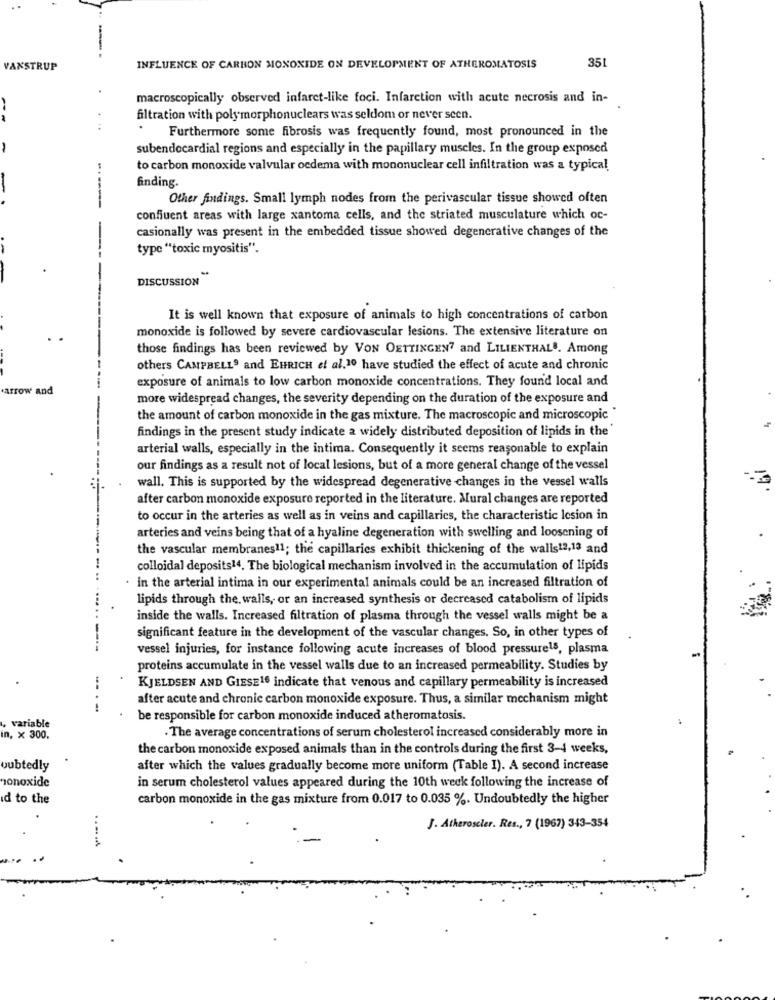
351
VANSTRUP
INFLUENCE OF CARBON MONOXIDE ON DEVELOPMENT OF ATHEROMATOSIS
macroscopically observed infaret-like foci. Infarction with acute necrosis and in-
filtration with polymorphonuclears was seldom or never seen.
.
Furthermore some fibrosis was frequently found, most pronounced in the
-
subendocardial regions and especially in the papillary muscles. In the group exposed
to carbon monoxide valvular oedema with mononuclear cell infiltration was a typical
finding
Other findings. Small lymph nodes from the perivascular tissue showed often
confiuent areas with large xantoma cells, and the striated musculature which oc-
casionally was present in the embedded tissue showed degenerative changes of the
type ""toxic myositis".
DISCUSSION
It is well known that exposure of animals to high concentrations of carbon
monoxide is followed by severe cardiovascular lesions. The extensive literature on
those findings has been reviewed by VON OETTINGEN? and LILIENTHALS. Among
others CAMPBELLS and EHRICH et al.10 have studied the effect of acute and chronic
exposure of animals to low carbon monoxide concentrations. They found local and
.arrow and
more widespread changes, the severity depending on the duration of the exposure and
the amount of carbon monoxide in the gas mixture. The macroscopic and microscopic "
findings in the present study indicate a widely distributed deposition of lipids in the'
arterial walls, especially in the intima. Consequently it seems reasonable to explain
our findings as a result not of local lesions, but of a more general change of the vessel
wall. This is supported by the widespread degenerative changes in the vessel walls
after carbon monoxide exposure reported in the literature. Mural changes are reported
to occur in the arteries as well as in veins and capillaries, the characteristic lesion in
arteries and veins being that of a hyaline degeneration with swelling and loosening of
the vascular membranes11; the capillaries exhibit thickening of the walls12,13 and
colloidal deposits14. The biological mechanism involved in the accumulation of lipids
in the arterial intima in our experimental animals could be an increased filtration of
lipids through the. walls, or an increased synthesis or decreased catabolismof lipids
inside the walls. Increased filtration of plasma through the vessel walls might be a
significant feature in the development of the vascular changes. So, in other types of
----
vessel injuries, for instance following acute increases of blood pressure15, plasma
proteins accumulate in the vessel walls due to an increased permeability. Studies by
KJELDSEN AND GIESE16 indicate that venous and capillary permeability is increased
after acute and chronic carbon monoxide exposure. Thus, a similar mechanism might
variable
be responsible for carbon monoxide induced atheromatosis.
. The average concentrations of serum cholesterol increased considerably more in
in, x 300,
the carbon monoxide exposed animals than in the controls during the first 3-4 weeks,
oubtedly
after which the values gradually become more uniform (Table I). A second increase
honoxide
in serum cholesterol values appeared during the 10th weck following the increase of
d to the
carbon monoxide in the gas mixture from 0.017 to 0.035 %. Undoubtedly the higher
J. Atheroseler. Res ., 7 (1967) 343-354
.......